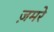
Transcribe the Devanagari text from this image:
ज़मरे